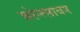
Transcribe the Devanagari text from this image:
चरेन्त्सावन